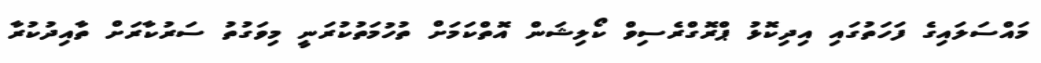
މައްސަލައިގެ ފަހަތުގައި އިދިކޮޅު ޕްރޮގްރެސިވް ކޯލިޝަން އޮތްކަމަށް ތުހުމަތުކުރަނީ މިވަގުތު ސަރުކާރަށް ތާއިދުކުރާ